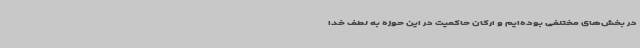
در بخش‌های مختلفی بوده‌ایم و ارکان حاکمیت در این حوزه به لطف خدا